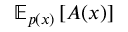
{ \mathbb E } _ { p ( x ) } \left[ { A ( x ) } \right]